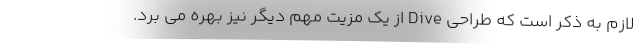
لازم به ذکر است که طراحی Dive از یک مزیت مهم دیگر نیز بهره می برد.